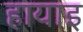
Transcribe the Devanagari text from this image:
हायाइ